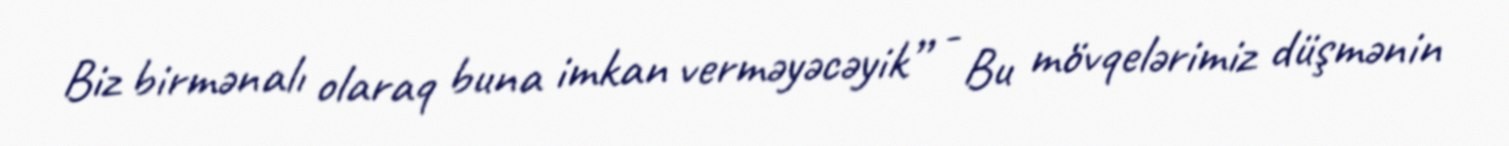
Biz birmənalı olaraq buna imkan verməyəcəyik” - Bu mövqelərimiz düşmənin